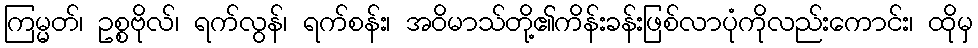
ကြမ္မတ်၊ ဥစ္စဗိုလ်၊ ရက်လွန်၊ ရက်စန်း၊ အဝိမာသ်တို့၏ကိန်းခန်းဖြစ်လာပုံကိုလည်းကောင်း၊ ထိုမှ